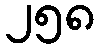
၂၅၈